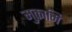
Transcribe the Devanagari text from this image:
मुक़ामि